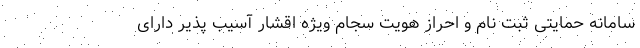
سامانه حمایتی ثبت نام و احراز هویت سجام ویژه اقشار آسیب پذیر دارای